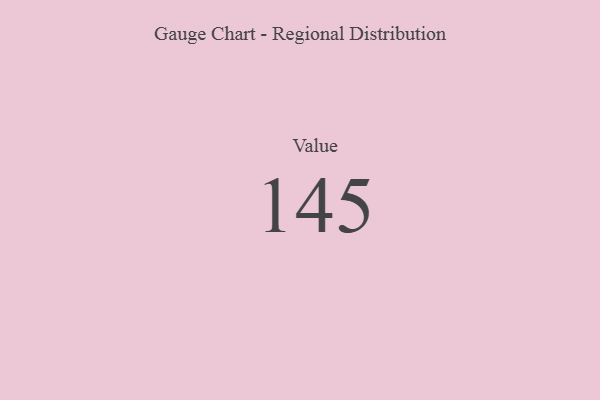
{"axis": {"x": "Metric", "y": "Value"}, "legend": [""], "data": [{"x": "Value", "y": 145, "type": ""}]}